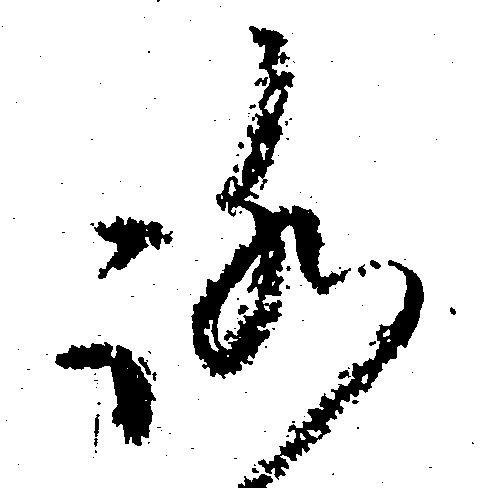
ろ